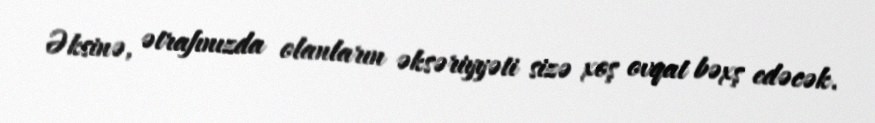
Əksinə, ətrafınızda olanların əksəriyyəti sizə xoş ovqat bəxş edəcək.